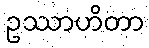
ဥဿာဟိတာ